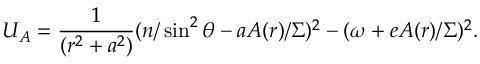
U _ { A } = \frac 1 { ( r ^ { 2 } + a ^ { 2 } ) } ( n / \sin ^ { 2 } \theta - a { \cal A } ( r ) / \Sigma ) ^ { 2 } - ( \omega + e { \cal A } ( r ) / \Sigma ) ^ { 2 } .